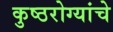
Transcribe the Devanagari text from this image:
कुष्ठरोग्यांचे